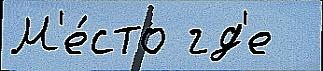
М'е́сто гд'е